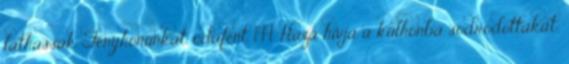
láthassák Fényhonunkat, odafent. 144. Haza hívja a külhonba sodródottakat;